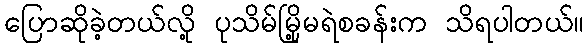
ပြောဆိုခဲ့တယ်လို့ ပုသိမ်မြို့မရဲစခန်းက သိရပါတယ်။